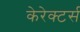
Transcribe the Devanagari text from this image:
केरेक्टर्स